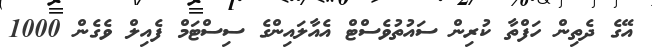
އޭގެ ދެތިން ހަފްތާ ކުރިން ސައުތުވެސްޓް އެއާލައިންގެ ސިސްޓަމް ފެއިލް ވެގެން 1000